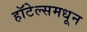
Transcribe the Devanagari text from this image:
हॉटेल्समधून